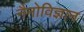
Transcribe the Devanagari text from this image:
नैनोविज्ञान